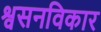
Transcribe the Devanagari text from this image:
श्वसनविकार